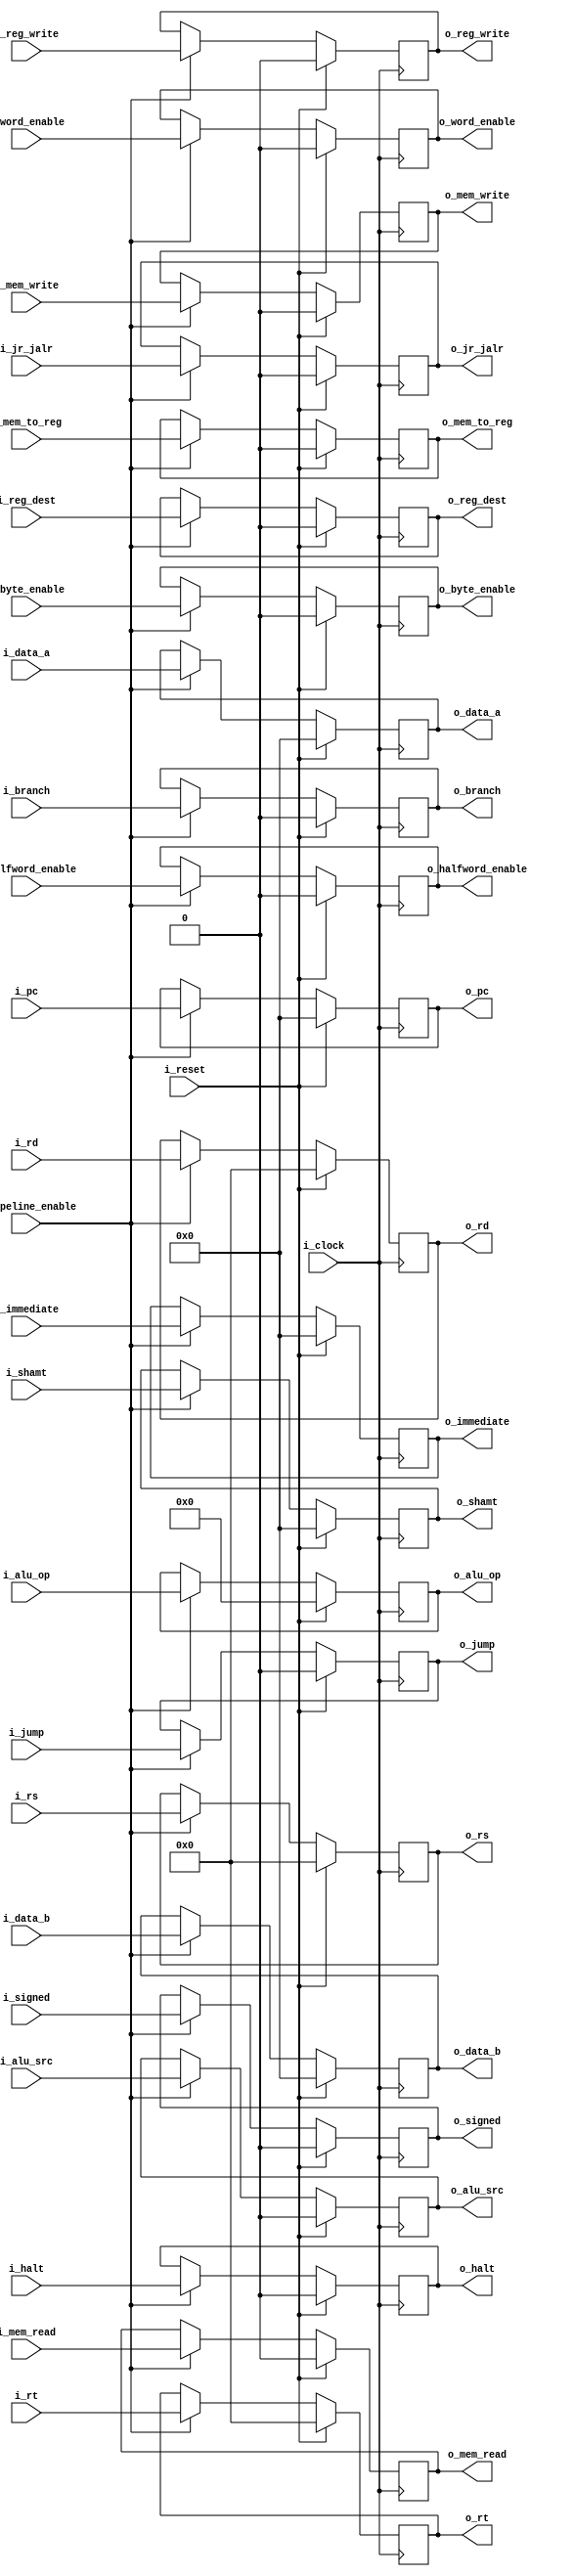
`timescale 1ns / 1ps
//////////////////////////////////////////////////////////////////////////////////
// Company: 
// Engineer: 
// 
// Create Date: 
// Design Name: 
// Module Name: ID_EX
// Project Name: 
// Target Devices: 
// Tool Versions: 
// Description: 
// 
// Dependencies: 
// 
// Revision:
// Revision 0.01 - File Created
// Additional Comments:
// 
//////////////////////////////////////////////////////////////////////////////////


module ID_EX#(
        parameter WIDTH_ALU_OP = 6,
        parameter WIDTH_IMM = 32,
        parameter WIDTH_PC = 32,
        parameter WIDTH_DATA = 32,
        parameter WIDTH_REG = 5
    )
    (
        input i_clock,
        input i_reset,
        input i_pipeline_enable,
        input i_signed,
        input i_reg_write,
        input i_mem_to_reg,
        input i_mem_read,
        input i_mem_write,
        input i_branch,
        input i_alu_src,
        input i_reg_dest,
        input [WIDTH_ALU_OP-1:0] i_alu_op,
        input [WIDTH_PC-1:0] i_pc,
        input [WIDTH_DATA-1:0] i_data_a,
        input [WIDTH_DATA-1:0] i_data_b,
        input [WIDTH_IMM-1:0] i_immediate,
        input [WIDTH_DATA-1:0] i_shamt,
        input [WIDTH_REG-1:0] i_rt,
        input [WIDTH_REG-1:0] i_rd,
        input [WIDTH_REG-1:0] i_rs,
        input i_byte_enable,
        input i_halfword_enable,
        input i_word_enable,
        input i_halt,
        input i_jump,
        input i_jr_jalr,
        
        output reg o_signed,
        output reg o_reg_write,
        output reg o_mem_to_reg,
        output reg o_mem_read,
        output reg o_mem_write,
        output reg o_branch,
        output reg o_alu_src,
        output reg o_reg_dest,
        output reg [WIDTH_ALU_OP-1:0] o_alu_op,
        output reg [WIDTH_PC-1:0] o_pc,
        output reg [WIDTH_DATA-1:0] o_data_a,
        output reg [WIDTH_DATA-1:0] o_data_b,
        output reg [WIDTH_IMM-1:0] o_immediate,
        output reg [WIDTH_DATA-1:0] o_shamt,
        output reg [WIDTH_REG-1:0] o_rt,
        output reg [WIDTH_REG-1:0] o_rd,
        output reg [WIDTH_REG-1:0] o_rs,
        output reg o_byte_enable,
        output reg o_halfword_enable,
        output reg o_word_enable,
        output reg o_halt,
        output reg o_jump,
        output reg o_jr_jalr
    );

    always @(negedge i_clock) begin
        if(i_reset) begin                                       // Si hay reset, todo a 0
            o_signed              <= 1'b0;
            o_reg_write           <= 1'b0;
            o_mem_to_reg          <= 1'b0;
            o_mem_read            <= 1'b0;
            o_mem_write           <= 1'b0;
            o_branch              <= 1'b0;
            o_alu_src             <= 1'b0;
            o_reg_dest            <= 1'b0;
            o_alu_op              <= 6'b0;
            o_pc                  <= 32'b0;
            o_data_a              <= 32'b0;
            o_data_b              <= 32'b0;
            o_immediate           <= 32'b0;
            o_shamt               <= 32'b0;
            o_rt                  <= 5'b0;
            o_rd                  <= 5'b0;
            o_rs                  <= 5'b0;
            o_byte_enable         <= 1'b0;
            o_halfword_enable     <= 1'b0;
            o_word_enable         <= 1'b0;
            o_halt                <= 1'b0;
            o_jump                <= 1'b0;
            o_jr_jalr             <= 1'b0;
        end
        else begin
            if(i_pipeline_enable) begin                         // Si el pipeline esta habilitado, la entrada pasa a la salida
                o_signed              <= i_signed;
                o_reg_write           <= i_reg_write;
                o_mem_to_reg          <= i_mem_to_reg;
                o_mem_read            <= i_mem_read;
                o_mem_write           <= i_mem_write;
                o_branch              <= i_branch;
                o_alu_src             <= i_alu_src;
                o_reg_dest            <= i_reg_dest;
                o_alu_op              <= i_alu_op;
                o_pc                  <= i_pc;
                o_data_a              <= i_data_a;
                o_data_b              <= i_data_b;
                o_immediate           <= i_immediate;
                o_shamt               <= i_shamt;
                o_rt                  <= i_rt;
                o_rd                  <= i_rd;
                o_rs                  <= i_rs;
                o_byte_enable         <= i_byte_enable;
                o_halfword_enable     <= i_halfword_enable;
                o_word_enable         <= i_word_enable;
                o_halt                <= i_halt;
                o_jump                <= i_jump;
                o_jr_jalr             <= i_jr_jalr;
            end
            else begin                                         // Caso contrario, se mantiene el valor
                o_signed              <= o_signed;
                o_reg_write           <= o_reg_write;
                o_mem_to_reg          <= o_mem_to_reg;
                o_mem_read            <= o_mem_read;
                o_mem_write           <= o_mem_write;
                o_branch              <= o_branch;
                o_alu_src             <= o_alu_src;
                o_reg_dest            <= o_reg_dest;
                o_alu_op              <= o_alu_op;
                o_pc                  <= o_pc;
                o_data_a              <= o_data_a;
                o_data_b              <= o_data_b;
                o_immediate           <= o_immediate;
                o_shamt               <= o_shamt;
                o_rt                  <= o_rt;
                o_rd                  <= o_rd;
                o_rs                  <= o_rs;
                o_byte_enable         <= o_byte_enable;
                o_halfword_enable     <= o_halfword_enable;
                o_word_enable         <= o_word_enable;
                o_halt                <= o_halt;
                o_jump                <= o_jump;
                o_jr_jalr             <= o_jr_jalr;
            end
        end
    end
    
endmodule